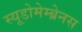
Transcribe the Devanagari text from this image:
स्यूडोमेम्ब्रेनस